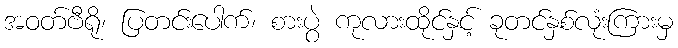
အဝတ်ဗီရို၊ ပြတင်းပေါက်၊ စားပွဲ ကုလားထိုင်နှင့် ခုတင်နှစ်လုံးကြားမှ